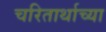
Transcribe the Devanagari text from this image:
चरितार्थाच्या